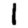
Digit: 1